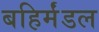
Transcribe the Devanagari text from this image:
बहिर्मंडल